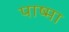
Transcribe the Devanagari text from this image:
पाष्मा